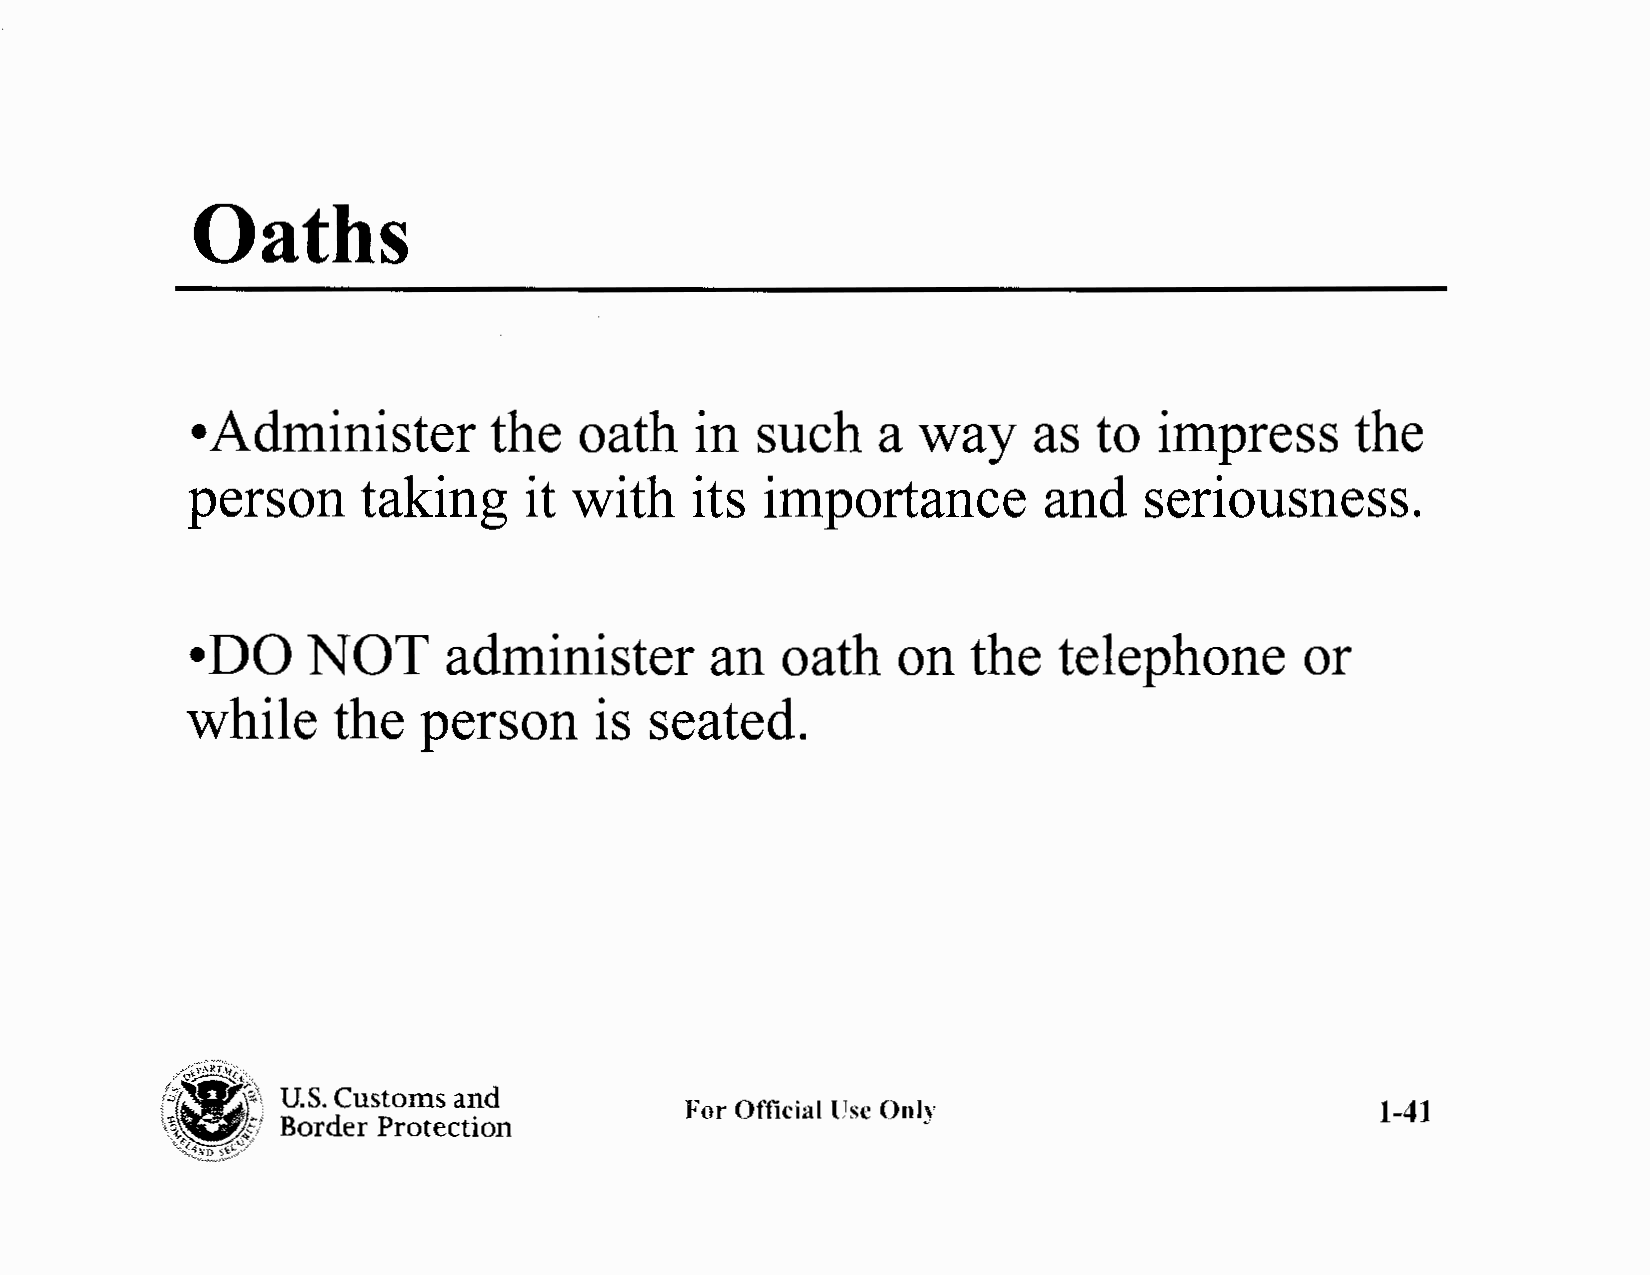
Oaths
 •A  dminister       the  oath    in  such    a  way    as   to  impress      the
 person      taking     it with    its  importance        and    seriousness.
 •D  O  NOT       administer       an   oath   on   the   telephone       or
 while     the   person     is  seated.
 /''i\~it[Af; ",.
 k'r"Z~fJ''1'
 U.S. Customs and
 ~g~}                              For Official Use Onl)'                        1-41
 Border Protection
 ~~~-~.,~~/··